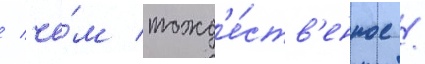
/ че́м тожд'е́ств'енное /